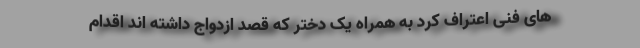
های فنی اعتراف کرد به همراه یک دختر که قصد ازدواج داشته اند اقدام